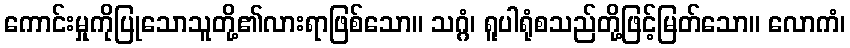
ကောင်းမှုကိုပြုသောသူတို့၏လားရာဖြစ်သော။ သဂ္ဂံ၊ ရူပါရုံစသည်တို့ဖြင့်မြတ်သော။ လောကံ၊